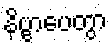
နိဗ္ဗာပေတွာ